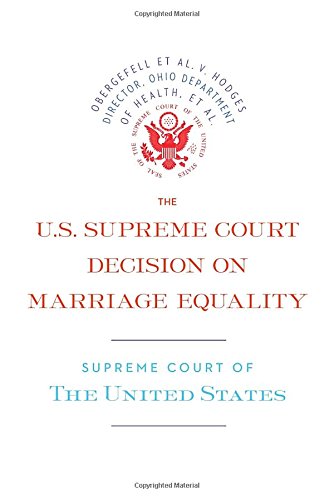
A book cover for The U.S. Supreme Court Decision on Marriage Equality: The complete decision, including dissenting opinions; Supreme Court of the United States; Gay & Lesbian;